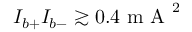
I _ { b + } I _ { b - } \gtrsim 0 . 4 \mathrm { ~ m ~ A ~ } ^ { 2 }